Annual returns of the Patna Lunatic Asylum at Bankipore in Bihar and Orissa - 1912-1924
Year: 1912
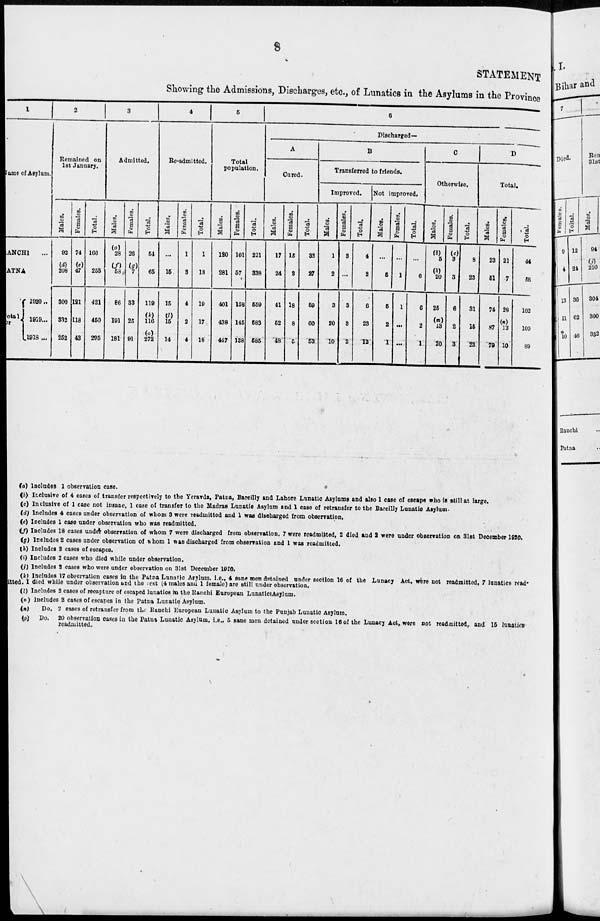
8
STATEMENT
Showing the Admissions, Discharges, etc., of Lunatics in the Asylums in the Province
1
Name of Asylum.
RANCHI ...
PATNA ...
Total
for
1920..
1919...
1918 ...
2
Remained on
1st January.
Males.
92
208
300
332
252
Females.
74
(e)
47
121
118
43
Total.
166
255
421
450
295
3
Admitted.
Males.
(a)
28
(f)
58
86
191
181
Females.
26
(g)
7
33
25
91
Total.
54
65
119
(k)
116
(o)
172
4
Re-admitted.
Males.
...
15
15
(l)
15
14
Females.
1
3
4
2
4
Total.
1
18
19
17
18
5
Total
population.
Males.
120
281
401
438
447
Females.
101
57
158
145
138
Total.
221
338
559
583
585
6
Discharged—
A
Cured.
Males.
17
24
41
52
48
Females.
15
3
18
8
5
Total.
33
27
59
60
53
B
Transferred to friends.
Improved.
Males.
1
2
3
20
10
Females.
3
...
3
3
2
Total.
4
2
6
23
12
Not improved.
Males.
...
5
5
2
1
Females.
...
1
1
...
...
Total.
...
6
6
2
1
C
Otherwise.
Males.
(b)
5
(h)
20
25
(m)
13
20
Females.
(c)
3
3
6
2
3
Total.
8
23
31
15
23
D
Total.
Males.
23
51
74
87
79
Females.
21
7
28
(n)
13
10
Total.
44
58
102
100
89
(a) Includes 1 observation case.
(b) Inclusive of 4 cases of transfer respectively to the Yeravda, Patna, Bareilly and Lahore Lunatic Asylums and also 1 case of escape who is still at large.
(c) Inclusive of 1 case not insane, 1 case of transfer to the Madras Lunatic Asylum and 1 case of retransfer to the Bareilly Lunatic Asylum.
(d) Includes 4 cases under observation of whom 3 were readmitted and 1 was discharged from observation.
(e) Includes 1 case under observation who was readmitted.
(f) Includes 18 cases under observation of whom 7 were discharged from observation. 7 were readmitted, 2 died and I were under observation on 31st December 1920.
(g) Includes 2 cases under observation of whom 1 was discharged from observation and 1 was readmitted.
(h) Includes 2 cases of escapes.
(i) Includes 2 cases who died while under observation.
(j) Includes 2 cases who were under observation on 31st December 1920.
(k) Includes 17 observation cases in the Patna Lunatic Asylum. i.e.. 4 sane men detained under section 16 of the Lunacy Act. were not readmitted, 7 lunatics read¬
itted. I died while under observation and the cost (4 males and 1 female) are still under observation.
(l) Includes 2 cases of recapture of escaped lunatics in the Ranchi European Lunatic Asylum.
(m) Includes 2 cases of escapes in the Patna Lunatic Asylum.
(n)
Do. 2 cases of retransfer from the Ranchi European Lunatic Asylum to the Punjab Lunatic Asylum.
(o) Do. 20 observation cases in the Patna Lunatic Asylum, i.e., 5 sane men detained under section 16 of the Lunacy Act, were not readmitted, and 15 lunatics
readmitted.